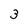
Character: 3